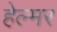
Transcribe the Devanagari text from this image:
हेल्मर